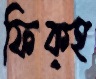
ফিক্হ